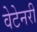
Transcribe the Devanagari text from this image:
वेटेनरी